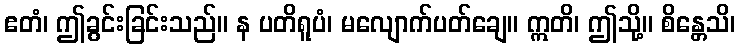
ဧတံ၊ ဤခွင်းခြင်းသည်။ န ပတိရူပံ၊ မလျောက်ပတ်ချေ။ ဣတိ၊ ဤသို့။ စိန္တေသိ၊